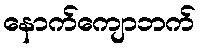
နောက်ကျောဘက်